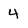
Character: 4